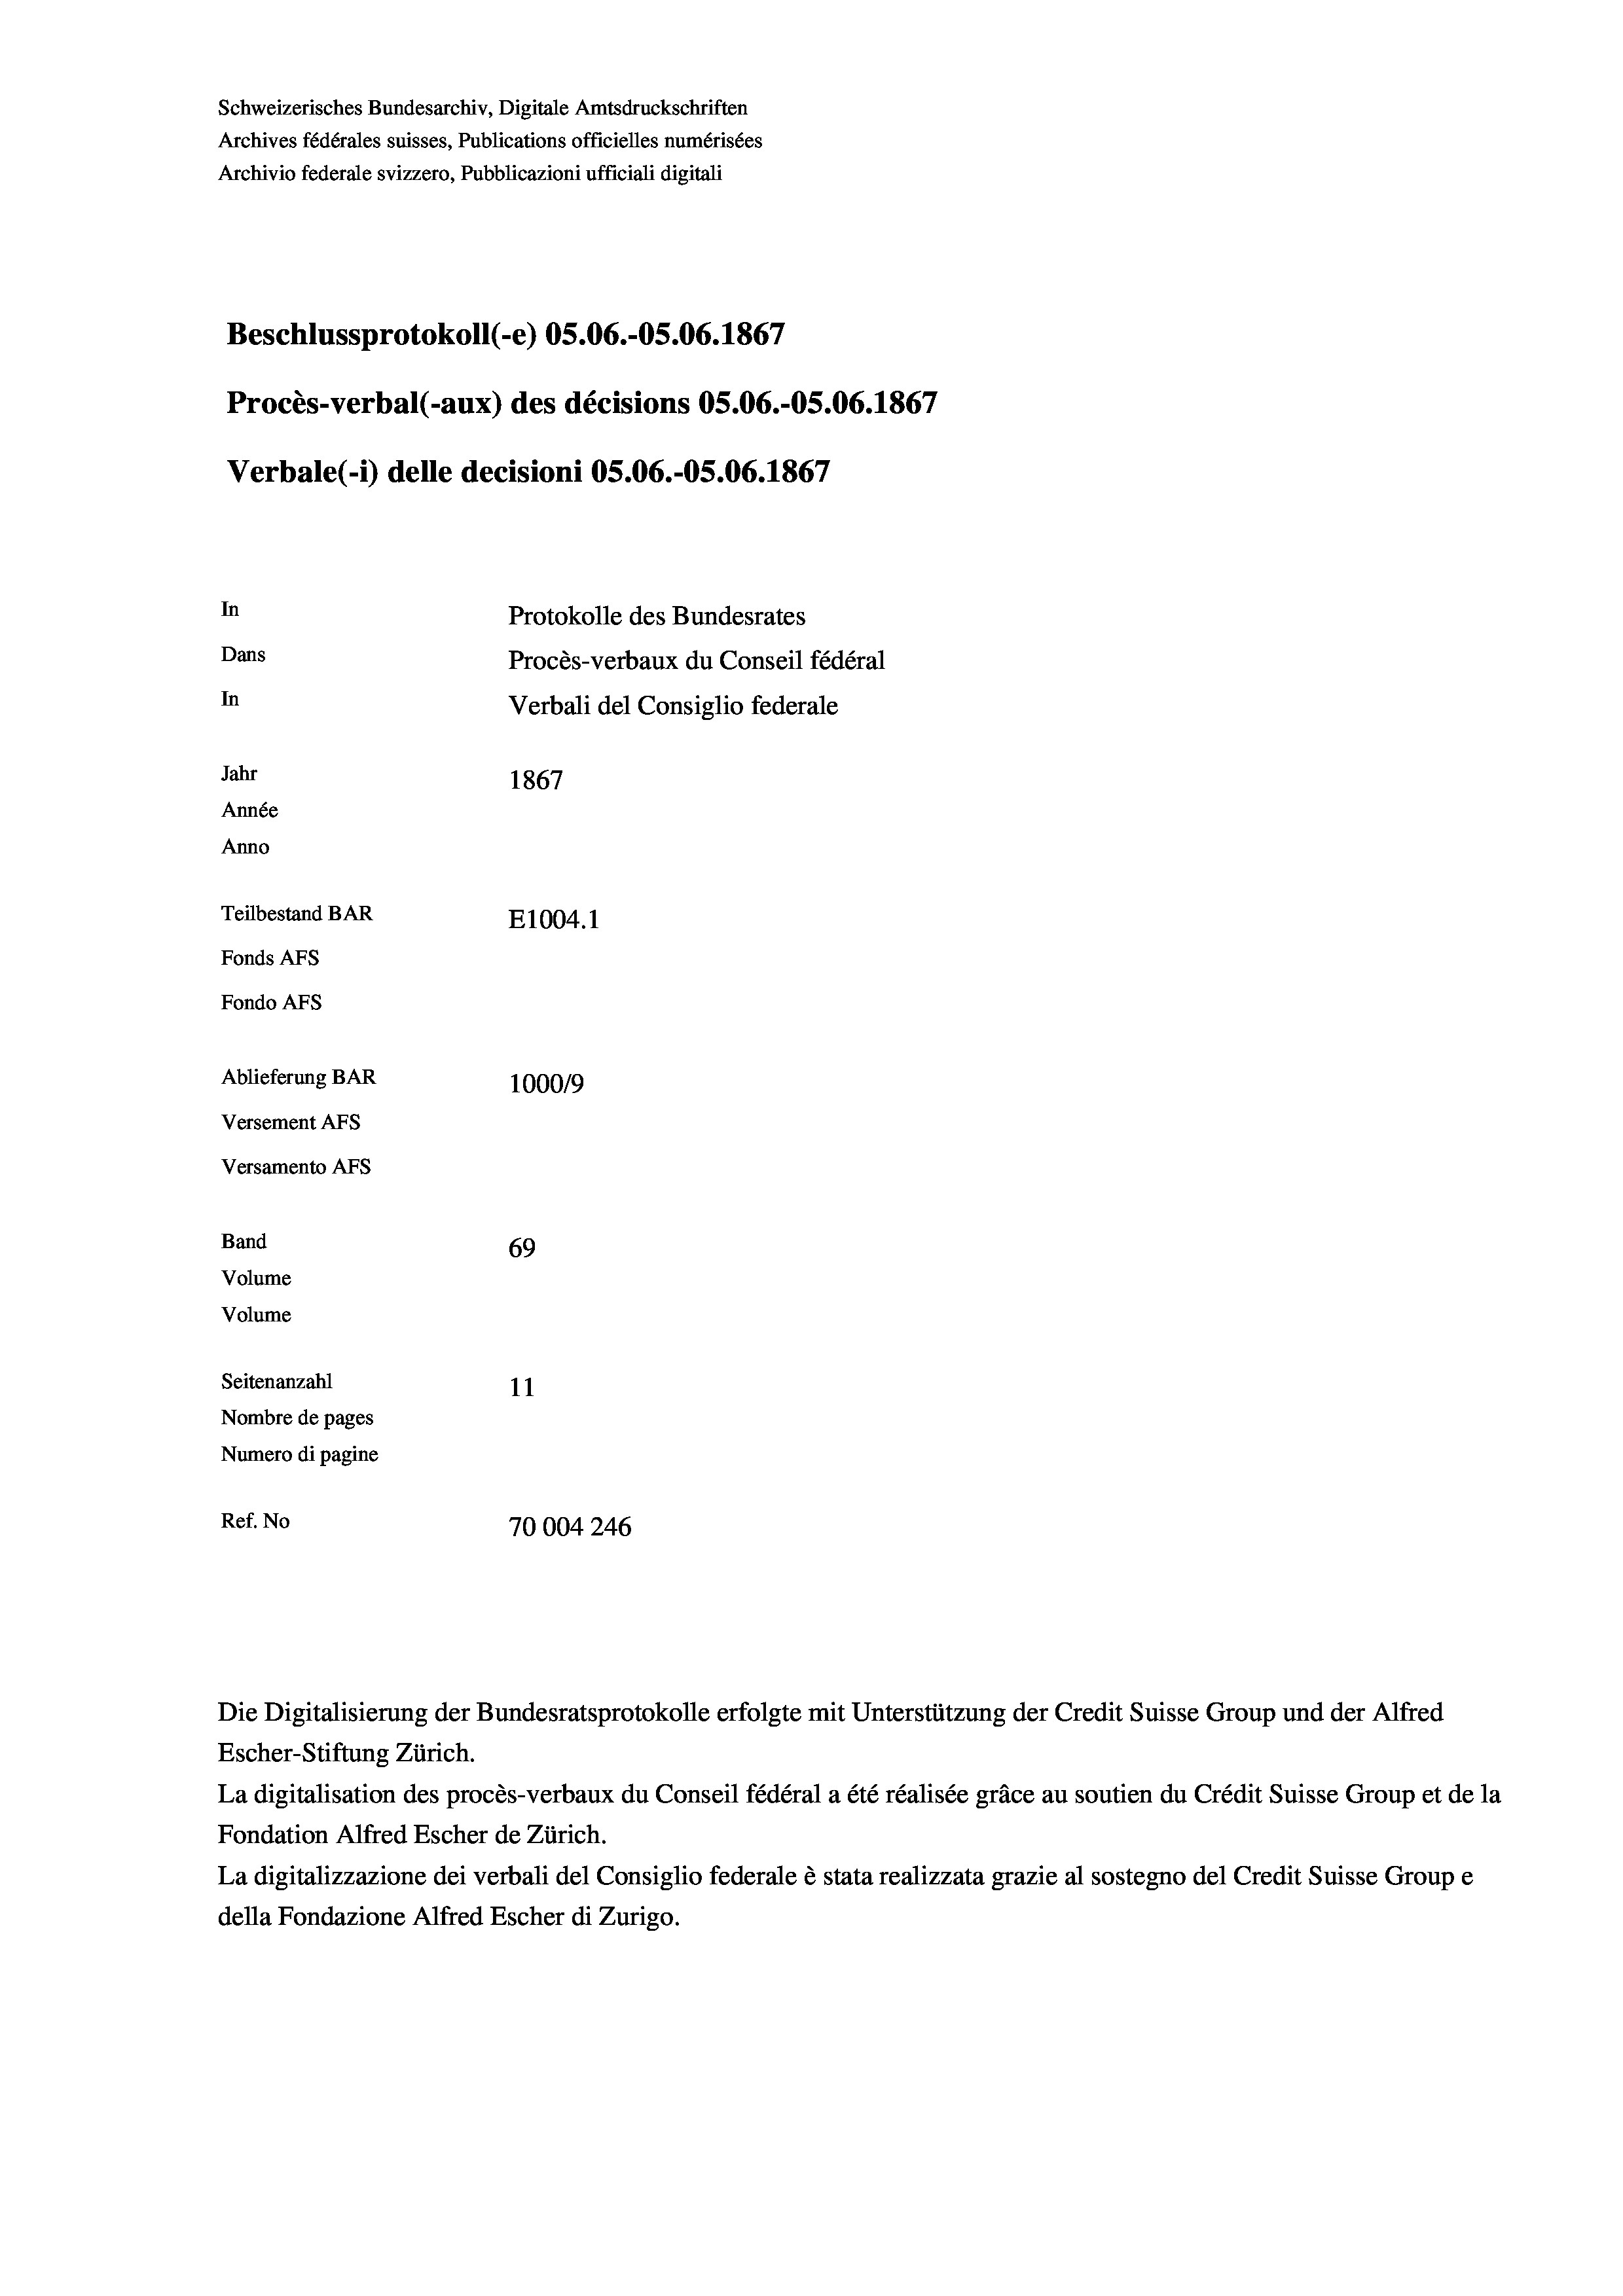
Schweizerisches Bundesarchiv, Digitale Amtsdruckschriften
Archives fédérales suisses, Publications officielles numérisées
Archivio federale svizzero, Pubblicazioni ufficiali digitali
Beschlussprotokoll (e) OS.06.-OS.06. 1867
Procès-verbal (-aux) des décisions OS.06.-OS.06. 1867
Verbale (1) delle decisioni OS.06.-OS.06. 1867
In
Protokolle des Bundesrates
Dans
Procès-verbaux du Conseil fédéral
In
Verbali del Consiglio federale
Jahr
1867
Année
Anno
Teilbestand BAR
E1004.1
Fonds AFs
Fondo Afs
Ablieferung BAR
100019
Versement AFs
Versamento AFs
Band
69
Volume
Volume
Seitenanzahl
11
Nombre de pages
Numero di pagine
Ref. No
70004246

Escher-Stiftung Zürich.
La digitalisation des procès-verbaux du Conseil fédéral a été réalisée gräce au soutien du Crédit Suisse Group et de la
Fondation Alfred Escher de Zürich.
La digitalizzazione dei verbali del Consiglio federale è stata realizzata grazie al sostegno del Credit Suisse Groupe
della Fondazione Alfred Escher di Zurigo.

Die Digitalisierung der Bundesratsprotokolle erfolgte mit Unterstützung der Credit Suisse Group und der Alfred